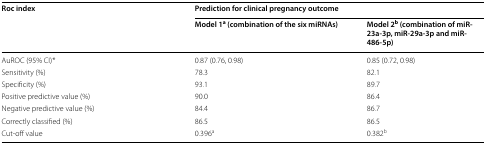
<table><thead><tr><td rowspan="2"><b>Roc index</b></td><td colspan="2"><b>Prediction for clinical pregnancy outcome</b></td></tr><tr><td><b>Model 1<sup>a</sup> (combination of the six miRNAs)</b></td><td><b>Model 2<sup>b</sup> (combination of miR-23a-3p, miR-29a-3p and miR-486-5p)</b></td></tr></thead><tbody><tr><td>AuROC (95% CI)*</td><td>0.87 (0.76, 0.98)</td><td>0.85 (0.72, 0.98)</td></tr><tr><td>Sensitivity (%)</td><td>78.3</td><td>82.1</td></tr><tr><td>Specificity (%)</td><td>93.1</td><td>89.7</td></tr><tr><td>Positive predictive value (%)</td><td>90.0</td><td>86.4</td></tr><tr><td>Negative predictive value (%)</td><td>84.4</td><td>86.7</td></tr><tr><td>Correctly classified (%)</td><td>86.5</td><td>86.5</td></tr><tr><td>Cut-off value</td><td>0.396<sup>a</sup></td><td>0.382<sup>b</sup></td></tr></tbody></table>